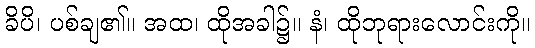
ခိပိ၊ ပစ်ချ၏။ အထ၊ ထိုအခါ၌။ နံ၊ ထိုဘုရားလောင်းကို။